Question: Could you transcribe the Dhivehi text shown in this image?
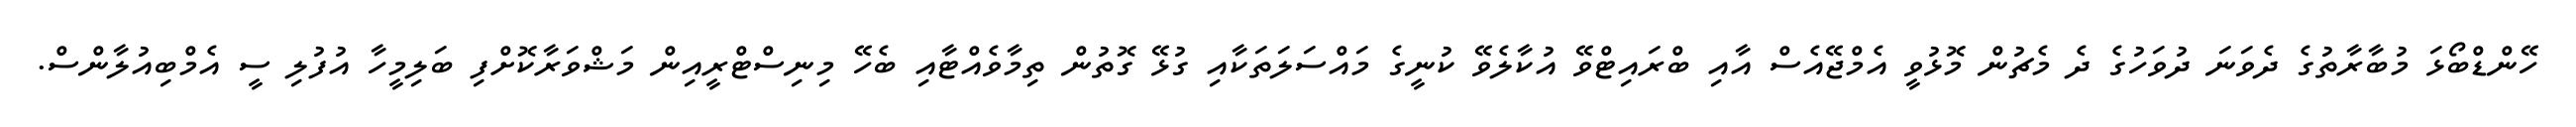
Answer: ހޭންޑްބޯޅަ މުބާރާތުގެ ދެވަނަ ދުވަހުގެ ދެ މެޗުން މޮޅުވީ އެމްޖޭއެސް އާއި ބްރައިޓްވޭ އުކާލެވޭ ކުނީގެ މައްސަލަތަކާއި ގުޅޭ ގޮތުން ތިމާވެއްޓާއި ބެހޭ މިނިސްޓްރީއިން މަޝްވަރާކޮށްފި ބަލިމީހާ އުފުލި ސީ އެމްބިއުލާންސް.